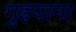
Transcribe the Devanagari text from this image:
गुइयाना